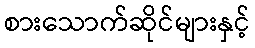
စားသောက်ဆိုင်များနှင့်